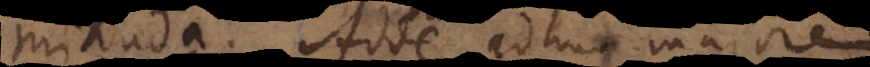
mihuda. Adde adhuc majorem